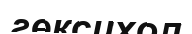
гексихол